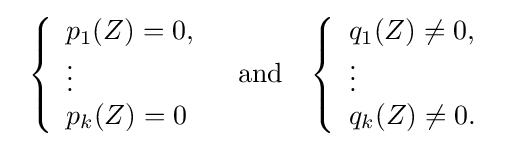
{\begin{array}{ccc}\left\{{\begin{array}{l}p_{1}(Z)=0,\\\vdots \\p_{k}(Z)=0\end{array}}\right.&{\mbox{and}}&\left\{{\begin{array}{l}q_{1}(Z)\neq 0,\\\vdots \\q_{k}(Z)\neq 0.\end{array}}\right.\end{array}}